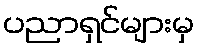
ပညာရှင်များမှ